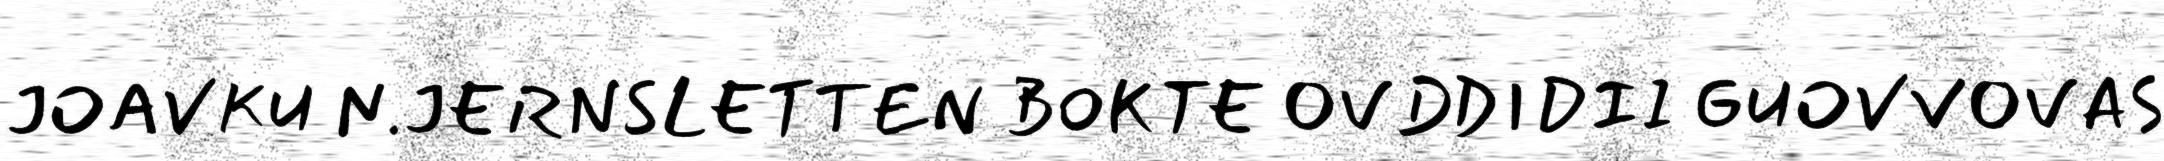
JOAVKU N.JERNSLETTEN BOKTE OVDDIDII GUOVVOVAS